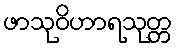
ဖာသုဝိဟာရသုတ္တ